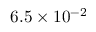
6 . 5 \times 1 0 ^ { - 2 }